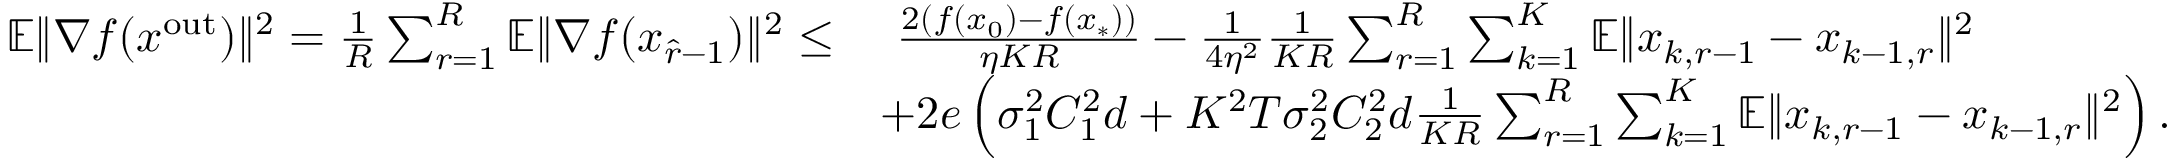
\begin{array} { r l } { \mathbb { E } \| \nabla f ( x ^ { \mathrm { o u t } } ) \| ^ { 2 } = \frac { 1 } { R } \sum _ { r = 1 } ^ { R } \mathbb { E } \| \nabla f ( x _ { \hat { r } - 1 } ) \| ^ { 2 } \leq } & { \ \frac { 2 ( f ( x _ { 0 } ) - f ( x _ { * } ) ) } { \eta K R } - \frac { 1 } { 4 \eta ^ { 2 } } \frac { 1 } { K R } \sum _ { r = 1 } ^ { R } \sum _ { k = 1 } ^ { K } \mathbb { E } \| x _ { k , r - 1 } - x _ { k - 1 , r } \| ^ { 2 } } \\ & { + 2 e \left( \sigma _ { 1 } ^ { 2 } C _ { 1 } ^ { 2 } d + K ^ { 2 } T \sigma _ { 2 } ^ { 2 } C _ { 2 } ^ { 2 } d \frac { 1 } { K R } \sum _ { r = 1 } ^ { R } \sum _ { k = 1 } ^ { K } \mathbb { E } \| x _ { k , r - 1 } - x _ { k - 1 , r } \| ^ { 2 } \right) . } \end{array}